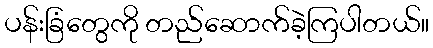
ပန်းခြံတွေကို တည်ဆောက်ခဲ့ကြပါတယ်။